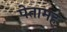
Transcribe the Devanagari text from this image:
पेतामह